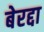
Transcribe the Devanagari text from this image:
बेरद्दा